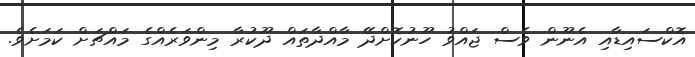
އޮކްސައިޑާއި އެނޫން ވެސް ޖައްވު ހޫނުކޮށްދޭ މާއްދާތައް ދޫކުރާ މިންވަރެއްގެ މައްޗަށް ކަމަށެވެ.